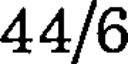
44/6